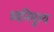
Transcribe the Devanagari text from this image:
ध्वनिमूल्य